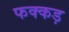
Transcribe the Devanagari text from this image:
फक्‍कड़